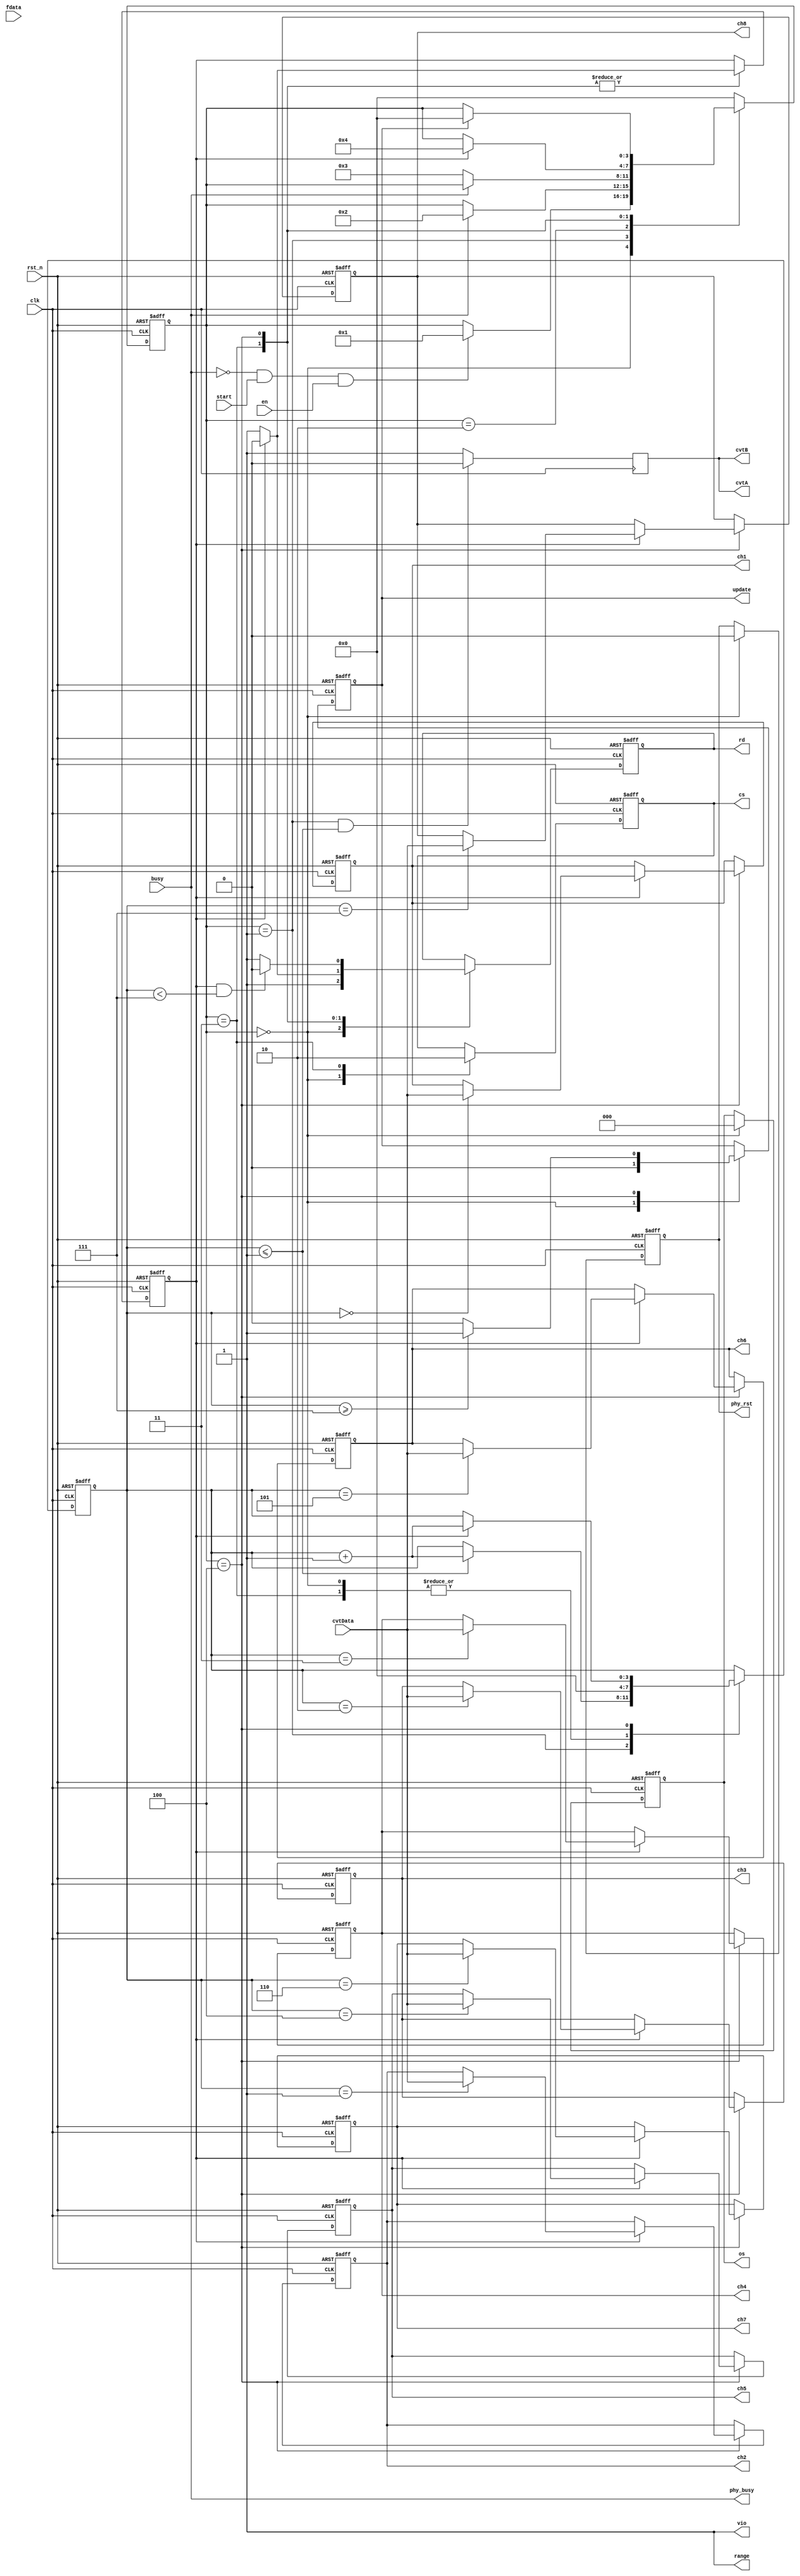
module AD7606_ctrl 
#(
parameter	RANGE_10V 		   	=	1,
parameter	WAIT_CNT					=	1,
parameter	T2							=	2
)
(
	//system signals
	input						clk		,
	input						rst_n		,
	//time control
	input						en			,
	//contrl start
	input						start		,
	//phy interface and signals
	input						busy		,
	input						fdata		,
	input	[15:0]			cvtData	,
	
	output	reg			cs			,
	output	reg			rd			,
	output					cvtA		,
	output					cvtB		,
	output					range		,
	output	reg			phy_rst	,
	output	reg	[ 2:0]os			,
	
	output	reg	[15:0]ch1		,
	output	reg	[15:0]ch2		,
	output	reg	[15:0]ch3		,
	output	reg	[15:0]ch4		,
	output	reg	[15:0]ch5		,
	output	reg	[15:0]ch6		,
	output	reg	[15:0]ch7		,
	output	reg	[15:0]ch8		,
	output	reg			update	,
	output					phy_busy	,
	
	output						vio		
);
localparam	IDLE	=	4'd0	,
			CVT		=	4'd1	,
			BUSY		=	4'd2	,
			RD_ST		=	4'd3	,
			GET_DATA	=	4'd4	,
			WAIT_TIME= 	4'd6 ;


reg				cvtA_r		;
reg	[3:0]		state 		/* synthesis preserve */;
reg	[3:0]		nxt_state	;
reg	[3:0]		cnt			;
wire	[3:0]		ch_num		;
reg				flag			;

assign	cvtA = cvtA_r;
assign	cvtB = cvtA_r;
assign	ch_num= 4'd8;

assign 	range = (RANGE_10V == 1) ? 1'b1 : 1'b0;
assign	vio = 1'b1			;
assign	phy_busy = busy	;

always @ (posedge clk)
begin
	if (state == CVT && cnt <= T2 - 4'd1)
	begin
		cvtA_r	<=	1'b0;
	end
	else
	begin
		cvtA_r	<=	1'b1;
	end
end

always @ (posedge clk or negedge rst_n)
begin
	if (!rst_n)
		state	<=	IDLE;
	else 
		state	<=	nxt_state;
end

//FSM conditional jump
always @ (state, busy, start, en, flag, update)
begin
	nxt_state	<=	state;
	case (state)
	IDLE:
	begin
		if (!busy && start && en)
			nxt_state <= CVT;
	end
	
	CVT:
	begin
		if (busy)
			nxt_state <= BUSY;
	end
	
	BUSY:
	begin
		if (!busy)
			nxt_state <= RD_ST;
	end
	
	RD_ST:
	begin
		if (flag)
			nxt_state <= GET_DATA;
	end
	
	GET_DATA:
	begin
		if (update)
			nxt_state <= IDLE;
	end
	
	default: nxt_state <= IDLE;
	
	endcase
end

always @ (posedge clk or negedge rst_n)
begin
	if (!rst_n)
	begin
		cs		<=	1'b1;
		rd		<=	1'b1;
		update	<=	'd0;
		
		ch1 	<=	'd0;
		ch2 	<=	'd0;
		ch3 	<=	'd0;
		ch4 	<=	'd0;
		ch5 	<=	'd0;
		ch6 	<=	'd0;
		ch7 	<=	'd0;
		ch8 	<=	'd0;
		phy_rst	<=	1'b1;
		os		<=	'd0;
		cnt		<=	'd0;
		flag	<=	'd0;
	end
	else
	begin
		case (state)
		IDLE:
		begin
			cs	<=	1'b1;
			rd	<=	1'b1;
			update	<=	'd0;
		
			phy_rst	<=	'd0;
			os			<=	'd0;
			cnt		<=  'd0;
		end
		
		CVT:
		begin
			if (cnt <= T2 - 4'd1)
				cnt	<=	cnt + 4'd1;
		end
		
		RD_ST:
		begin
			cs 	<=	1'b0;
			cnt	<=	'd0;
			if (!flag)
			begin
				rd	<=	1'b1;
				flag<=1'b1;
			end
			else
			begin
				rd <=	1'b0;
				flag<=1'b0;
			end
		end
		
		GET_DATA:
		begin
			if (!flag)
			begin
				flag	<=	1'b1;
			end
			else
			begin
				flag	<=	1'b0;
				cnt	<=	cnt + 4'd1;
				case (cnt)
				4'd0:	ch1 <= cvtData;
				4'd1:	ch2 <= cvtData;
				4'd2:	ch3 <= cvtData;
				4'd3:	ch4 <= cvtData;
				4'd4:	ch5 <= cvtData;
				4'd5:	ch6 <= cvtData;
				4'd6:	ch7 <= cvtData;
				4'd7:	ch8 <= cvtData;
				default: ;
				endcase
			end
			
			if (flag && cnt < ch_num - 1)
				rd	<=	1'b0;
			else
				rd	<=	1'b1;
			
			if (cnt >= ch_num - 1)
				update <= 1'b1;
			else
				update <= 1'b0;
		end
		
		default: ;
		endcase
	end
end

endmodule